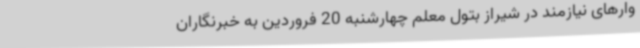
وارهای نیازمند در شیراز بتول معلم چهارشنبه 20 فروردین به خبرنگاران